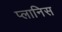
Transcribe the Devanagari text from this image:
प्लानिस